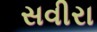
સવીરા